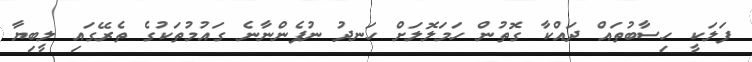
ފަލަކީ ހިސާބުތައް ދައްކާ ގޮތުން ހަމަލޮލަށް ހަނދު ނުފެންނާނެ ގައުމުތަކުގެ ތެރޭގައި ލީބިޔާ